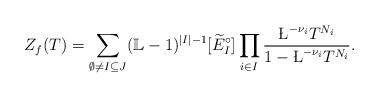
LaTeX: \begin{align*}Z_f(T)=\sum_{\emptyset\not=I\subseteq J}(\mathbb{L}-1)^{|I|-1}[\widetilde{E}_I^{\circ}]\prod_{i\in I}\frac{\L^{-\nu_i}T^{N_i}}{1-\L^{-\nu_i}T^{N_i}}.\end{align*}